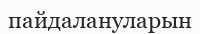
пайдалануларын